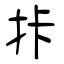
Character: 拤